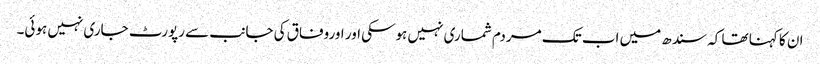
ان کا کہنا تھا کہ سندھ میں اب تک مردم شماری نہیں ہوسکی اور اوروفاق کی جانب سے رپورٹ جاری نہیں ہوئی۔